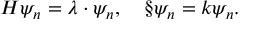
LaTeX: H \psi _ { n } = \lambda \cdot \psi _ { n } , \ \ \ \S \psi _ { n } = k \psi _ { n } .